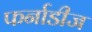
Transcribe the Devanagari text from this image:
फर्नाडीज